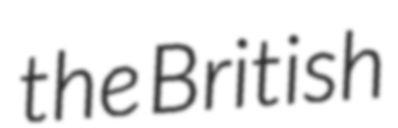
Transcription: the British